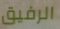
الرفيق